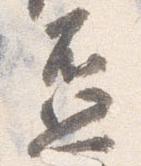
盃